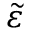
\tilde { \varepsilon }